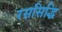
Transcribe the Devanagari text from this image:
रससिद्धि